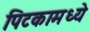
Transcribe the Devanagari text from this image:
पिटकामध्ये